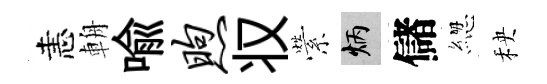
恚輈喩煦𠬧縈炳儲緫秧